King Institute of Preventive Medicine Micro-Biological Section reports 1909-11
Year: 1909
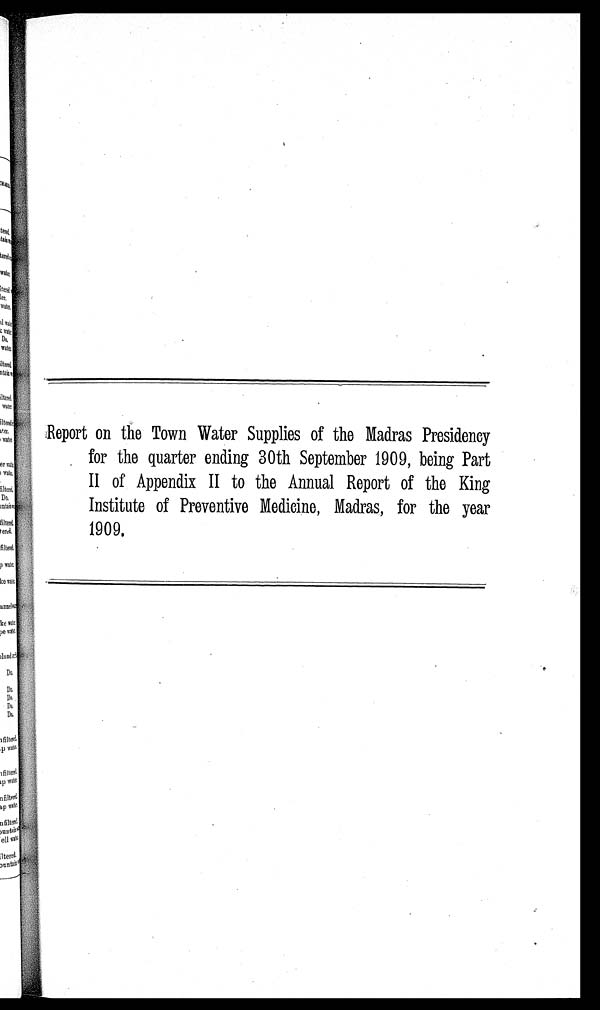
Report on the Town Water Supplies of the Madras Presidency
for the quarter ending 30th September 1909, being Part
II of Appendix II to the Annual Report of the King
Institute of Preventive Medicine, Madras, for the year
1909.